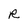
Character: R